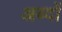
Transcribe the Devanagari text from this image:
अब्दों